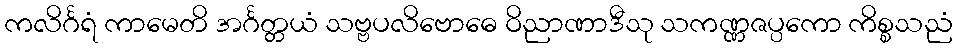
ကလိင်္ဂရံ ကာမေတိ အင်္ဂတ္တယံ သဗ္ဗပလိဗောဓေ ဝိညာဏာဒီသု သကဏ္ဏဇပ္ပကော ကိစ္စသညံ